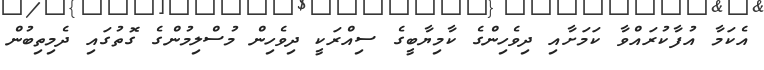
އެކަމާ އުފާކުރައްވާ ކަމަށާއި ދިވެހިންގެ ކާމިޔާބީގެ ސިއްރަކީ ދިވެހިން މުސްލިމުންގެ ގޮތުގައި ދެމިތިބުން